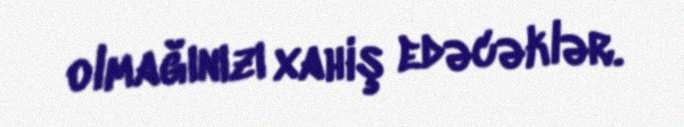
olmağınızı xahiş edəcəklər.